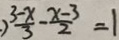
) \frac { 3 - x } { 3 } - \frac { x - 3 } { 2 } = 1